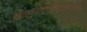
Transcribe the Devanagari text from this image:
सीतानुजानुगतविन्ध्यवनप्रवासिन्।